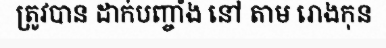
ត្រូវបាន ដាក់បញ្ចាំង នៅ តាម រោងកុន